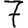
Digit: 7